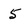
Character: 5